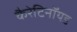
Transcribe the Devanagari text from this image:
कैरेटिनॉयड